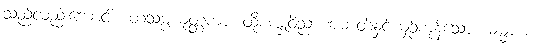
သည်လည်းကောင်း။ တံသမ္ပယုတ္တကာ၊ ထိုစက္ခုဝိညာဏဓာတ်နှင့်ယှဉ်ကုန်သော။ ဓမ္မာ စ၊